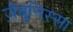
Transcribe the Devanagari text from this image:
ज़ैबुनिस्सा